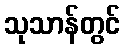
သုသာန်တွင်